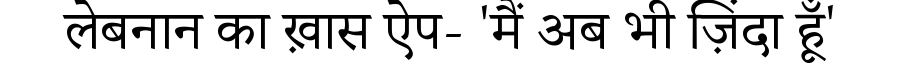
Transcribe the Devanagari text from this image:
लेबनान का ख़ास ऐप- 'मैं अब भी ज़िंदा हूँ'